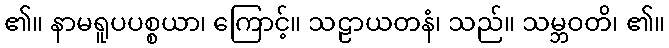
၏။ နာမရူပပစ္စယာ၊ ကြောင့်။ သဠာယတနံ၊ သည်။ သမ္ဘဝတိ၊ ၏။